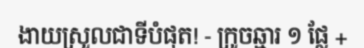
ងាយស្រួលជាទីបំផុត! - ក្រូចឆ្មារ ១ ផ្លែ +